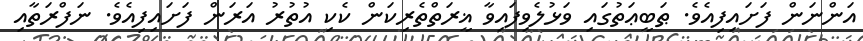
އަންނަން ފަށައިފިއެވެ. ޠަބީޢަތުގައި ވަޅުލެވިފައިވާ ޣީރަތްތެރިކަން ކެކި އުތުރު އަރަން ފަށައިފިއެވެ. ނަފްރަތާއި